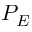
P _ { E }